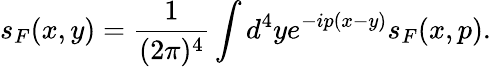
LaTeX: s_{F}(x,y)={\frac{1}{(2\pi)^{4}}}\int d^{4}ye^{-ip(x-y)}s_{F}(x,p).